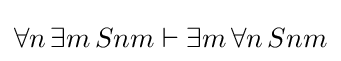
\forall n\,\exists m\,Snm\vdash \exists m\,\forall n\,Snm